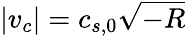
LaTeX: |v_{c}|=c_{s,0}\sqrt{-R}